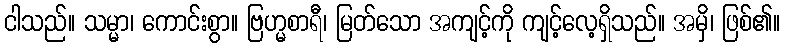
ငါသည်။ သမ္မာ၊ ကောင်းစွာ။ ဗြဟ္မစာရီ၊ မြတ်သော အကျင့်ကို ကျင့်လေ့ရှိသည်။ အမှိ၊ ဖြစ်၏။